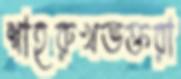
শাহরুখভক্তরা